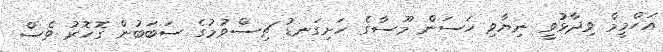
އަހްމީމް ވިދާޅުވީ ނިޔާވި ހަސަން މޫސާގެ ހަށިގަނޑު ޗިސްވުމުގެ ސަބަބުން ގޮހޮރު ވެސް